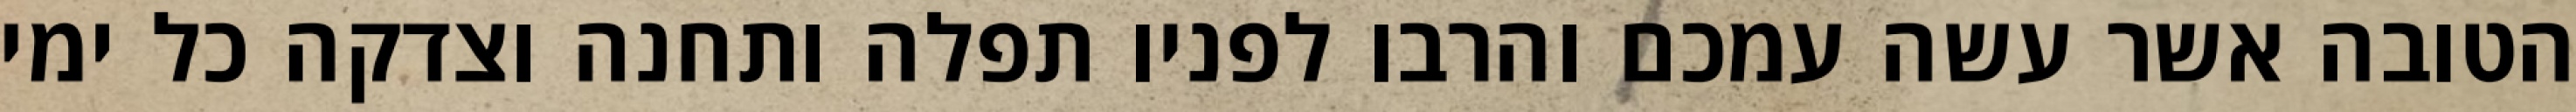
הטובה אשר עשה עמכם והרבו לפניו תפלה ותחנה וצדקה כל ימי